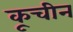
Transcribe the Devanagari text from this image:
कूचीन